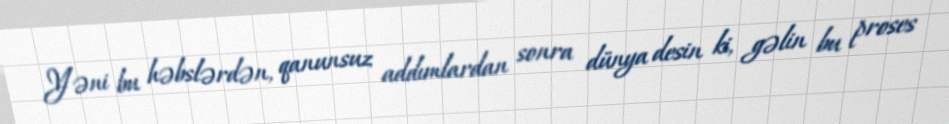
Yəni bu həbslərdən, qanunsuz addımlardan sonra dünya desin ki, gəlin bu proses